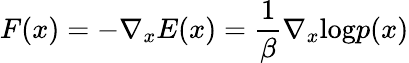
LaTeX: F(x)=-\nabla_{x}E(x)=\frac{1}{\beta}\nabla_{x}\textrm{log}p(x)